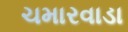
ચમારવાડા